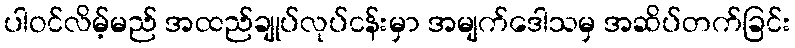
ပါဝင်လိမ့်မည် အထည်ချုပ်လုပ်ငန်းမှာ အမျက်ဒေါသမှ အဆိပ်တက်ခြင်း